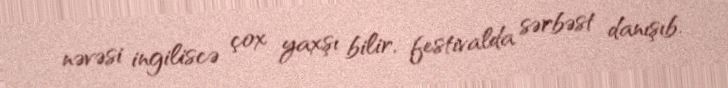
nəvəsi ingiliscə çox yaxşı bilir, festivalda sərbəst danışıb.